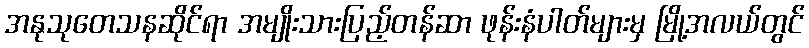
အနုသုတေသနဆိုင်ရာ အမျိုးသားပြည့်တန်ဆာ ဖုန်းနံပါတ်များမှ မြို့အလယ်တွင်